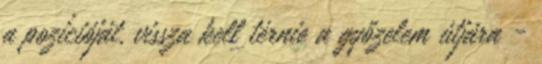
a pozícióját, vissza kell térnie a győzelem útjára -